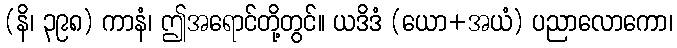
(နိ၊ ၃၉၈) ကာနံ၊ ဤအရောင်တို့တွင်။ ယဒိဒံ (ယော+အယံ) ပညာလောကော၊